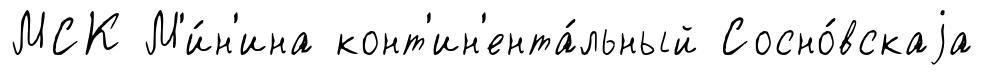
МСК М'и́н'ина конт'ин'ента́льный Сосно́вскаjа